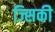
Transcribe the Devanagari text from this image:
ज्सिकी